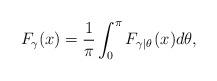
LaTeX: \begin{align*}F_\gamma(x)=\frac{1}{\pi}\int_{0}^{\pi}{{F}_{\gamma \left| \theta \right.}}(x)d\theta, \end{align*}